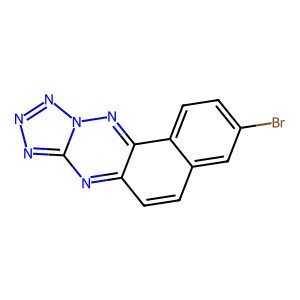
SMILES: Brc1ccc2c(ccc3nc4nnnn4nc32)c1
Inhibits HIV replication: No